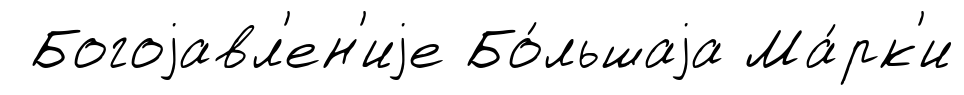
Богоjавл'ен'иjе Бо́льшаjа Ма́рк'и